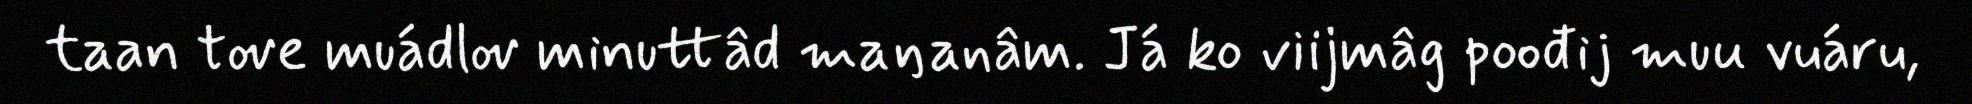
taan tove muádlov minuttâd maŋanâm. Já ko viijmâg poođij muu vuáru,